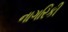
નાગરિકી